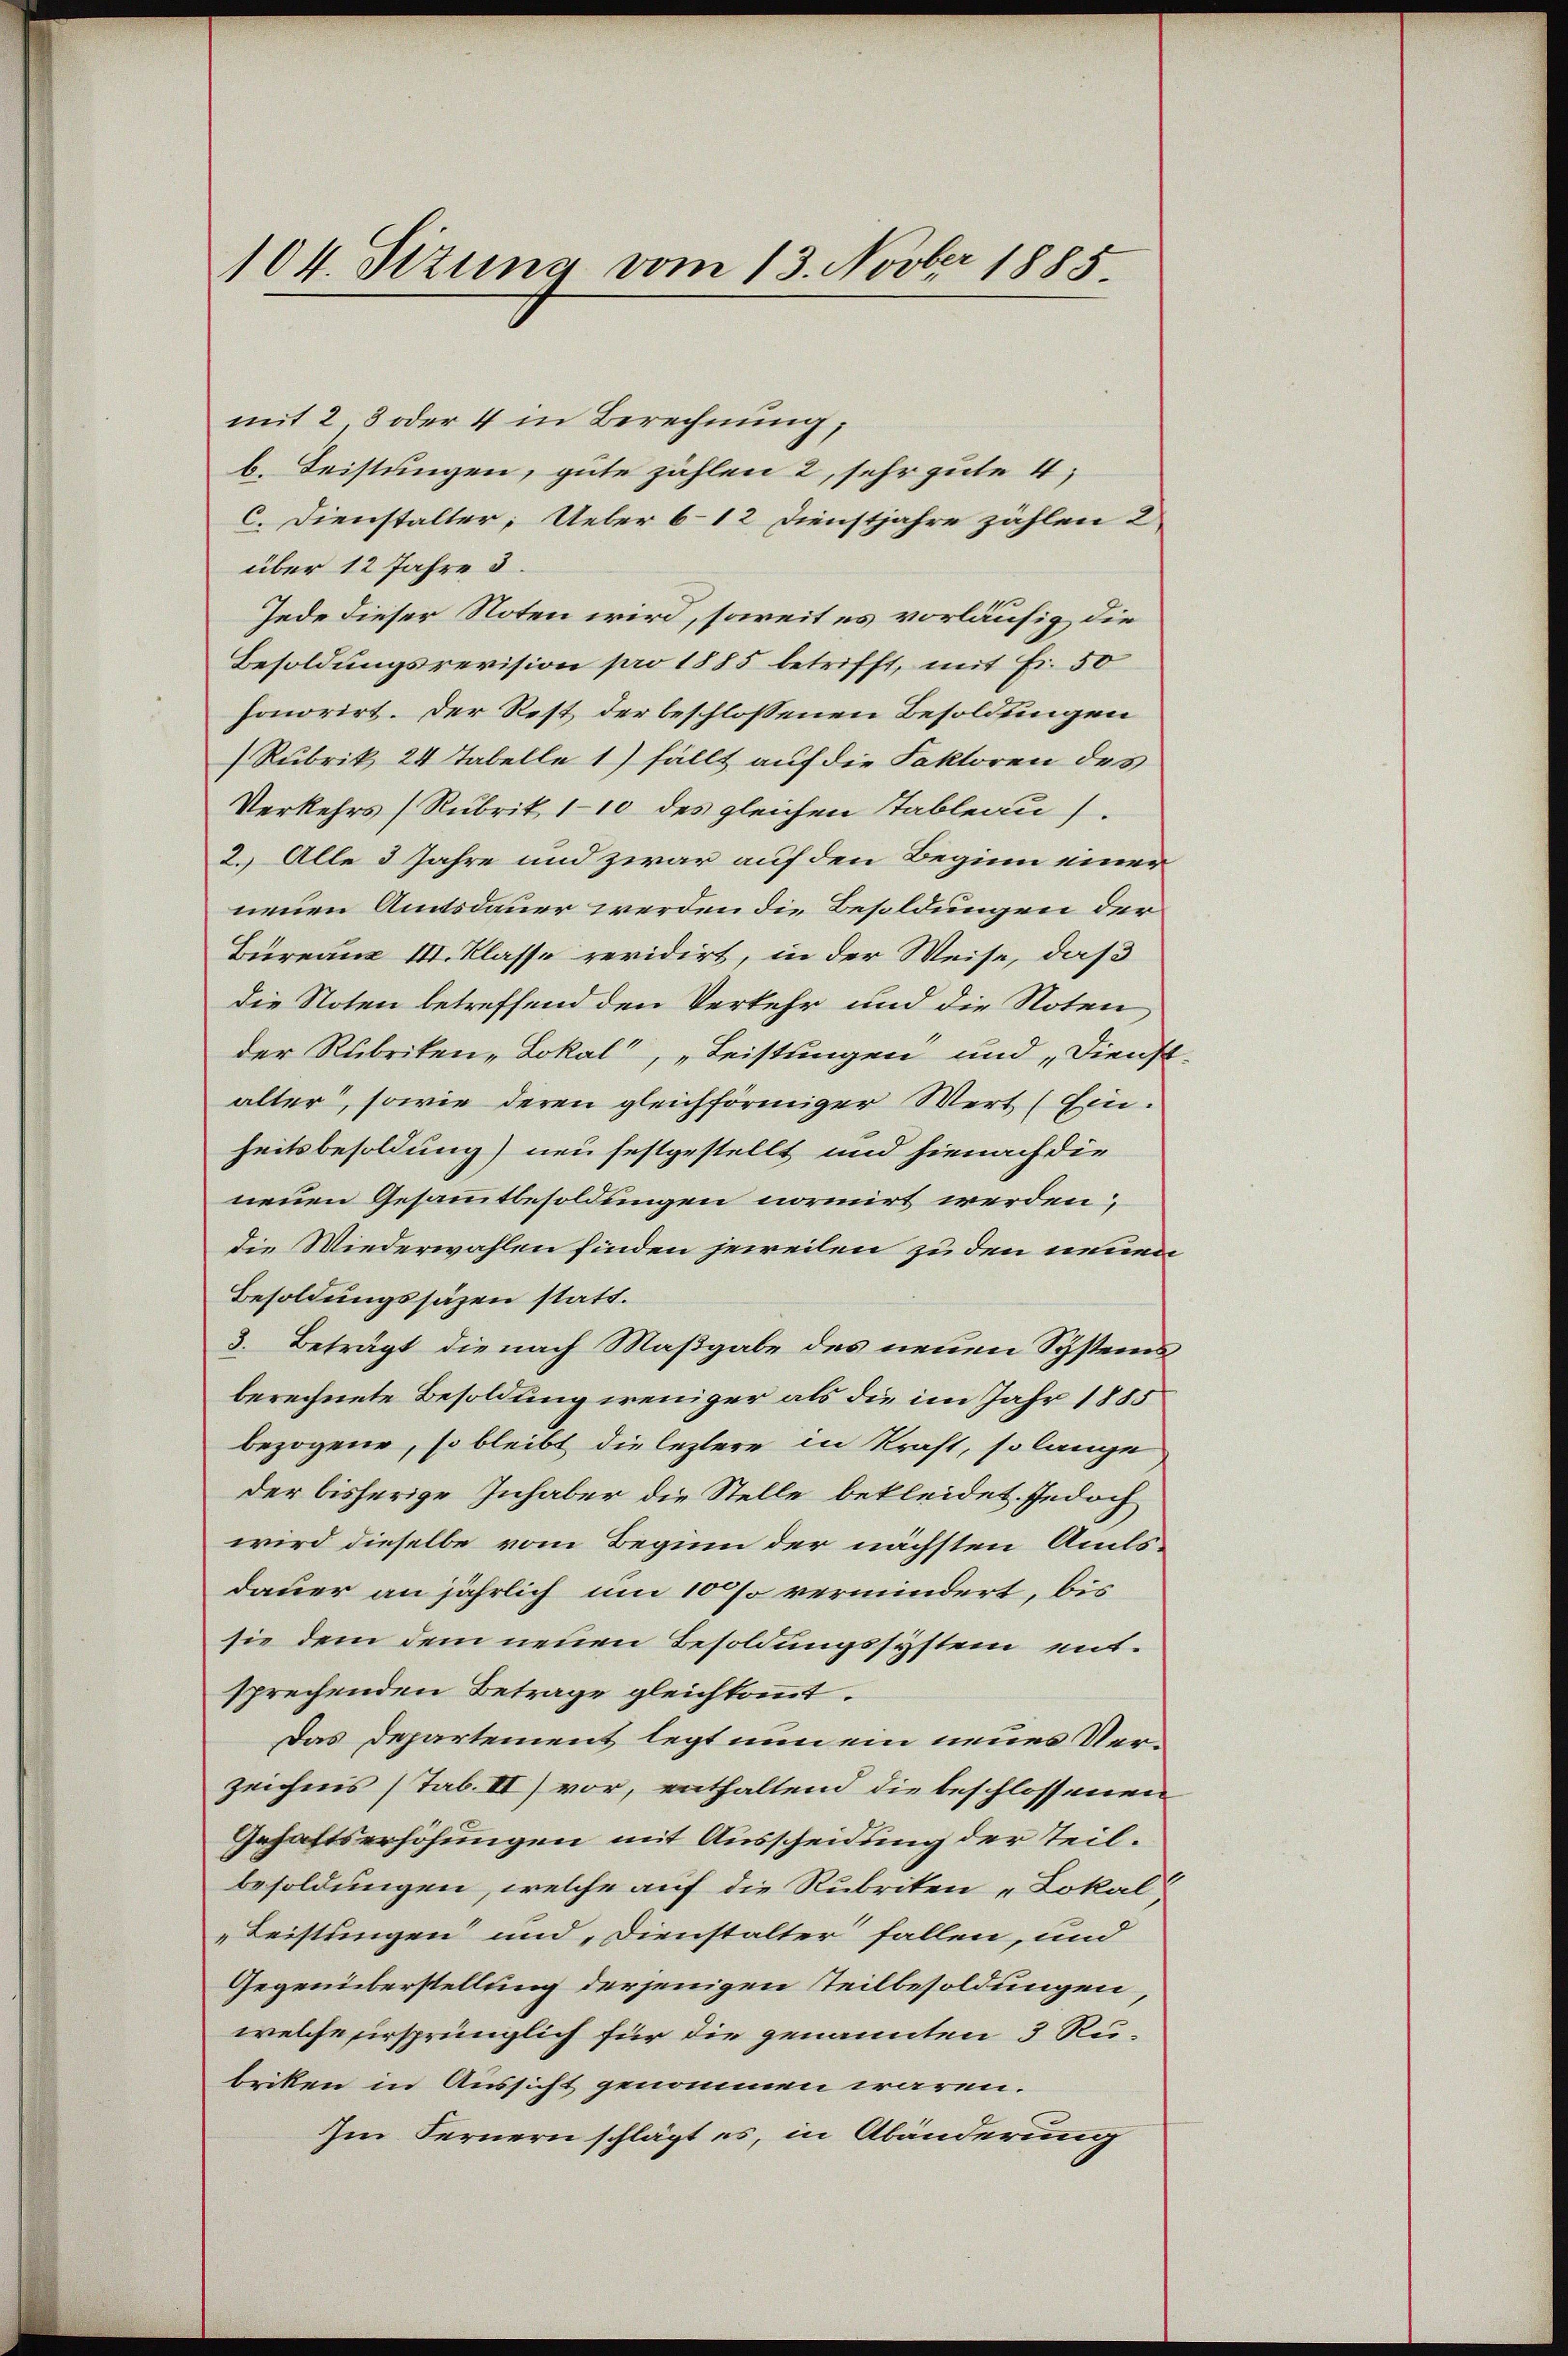
104. Sizung vom 13. Novber 1885

mit 2 3 oder 4 in Berechnung,
b. Leistungen, gute zählen 2, sehr gute 4;
c. Dienstalter; Ueber 6 12 Dienstjahre zählen 2
über 12 Jahre 3.
Jede dieser Noten wird, soweit es vorläufig die
Besoldungsrevision pro 1885 betrifft, mit Fr. 50
honorirt. Der Rest der beschlossenen Besoldungen
Rubrik 24 Tabelle 1) fällt auf die Faktoren des
Verkehrs (Rubrik 110 des gleichen Tableau.
2. Alle 3 Jahre und zwar auf den Beginn einer
neuen Amtsdauer werden die Besoldungen der
Bureaus III. Klasse revidirt, in der Weise, daß
die Noten betreffend den Verkehr und die Noten
der Rubriken-Lokal“, „Leistungen und „Dienst
alter, sowie deren gleichförmiger Wert (Ein.
heitsbesoldung) neu festgestellt und hienach die
neuen Gesammtbesoldungen normirt werden;
die Wiederwahlen finden jeweilen zu den neuen
Besoldungssäzen statt.
3. Beträgt die nach Maßgabe des neuen Systemsberechnete Besoldung weniger als die im Jahr 1885
bezogene, so bleibt die leztere in Kraft, so lange
der bisherige Inhaber die Stelle bekleidet. Jedoch
wird dieselbe vom Beginn der nächsten Amtsdauer an jährlich um 10 % vermindert, bis
sie dem dem neuen Besoldungssystem entsprechenden Betrage gleichkommt.
Das Departement legt nun ein neues Verzeichnis (sab. II) vor, enthaltend die beschlossenen
Gehaltserhöhungen mit Ausscheidung der Teilbesoldungen, welche auf die Rubriten „Lokal
„Leistlingen und Dienstalter fallen, und
Gegenüberstellung derjenigen teilbesoldungen,
welche ersprünglich für die genannten 3 Ru-
briken in Aussicht genommen wären.
Im Fernern schlägt es, in Abänderung